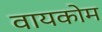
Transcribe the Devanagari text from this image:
वायकोम